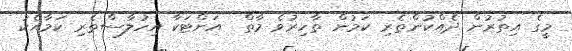
މީގެ އިތުރުން ދެއްކުންތެރި ކަމުން ތާހިރުވެ މާތް  އަށްޓަކާ އިހުލާސްތެރި ކަމާއެކު